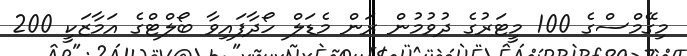
މިގޭމްސްގެ 100 މީޓަރުގެ ދުވުމުން ރަން މެޑަލް ހޯދާފައިވާ ބޯލްޓްގެ އަމާޒަކީ 200